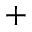
^ +